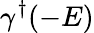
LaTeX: \gamma^{\dagger}(-E)